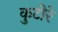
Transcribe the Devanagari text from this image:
कुटीरे